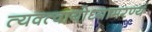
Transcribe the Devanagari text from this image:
त्यक्त्वायोध्यामरण्यं